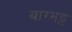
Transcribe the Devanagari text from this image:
बाग्भट्ट